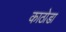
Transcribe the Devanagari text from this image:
काठोडा